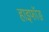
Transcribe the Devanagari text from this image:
हाइफॉङ